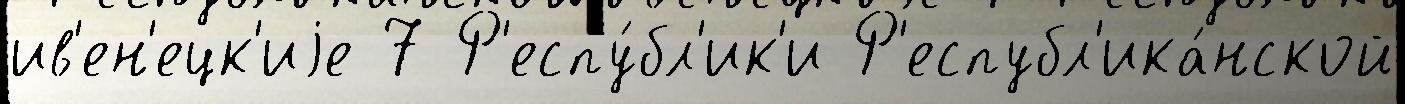
ив'ен'ецк'иjе 7 Р'еспу́бл'ик'и Р'еспубл'ика́нской